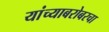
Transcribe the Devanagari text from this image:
यांच्याबरोबरचा